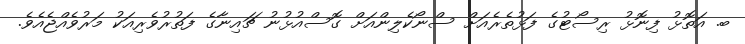
ބ. އަތޮޅު ފިނޮޅު ރިސޯޓުގެ ފަޅުތެރެއަށް ސްނޯކެލިންއަށް ގޮސްއުޅުނު ޗައިނާގެ ފަތުރުވެރިއަކު މަރުވެއްޖެއެވެ.